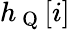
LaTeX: h_{\mathrm{~Q~}}[i]